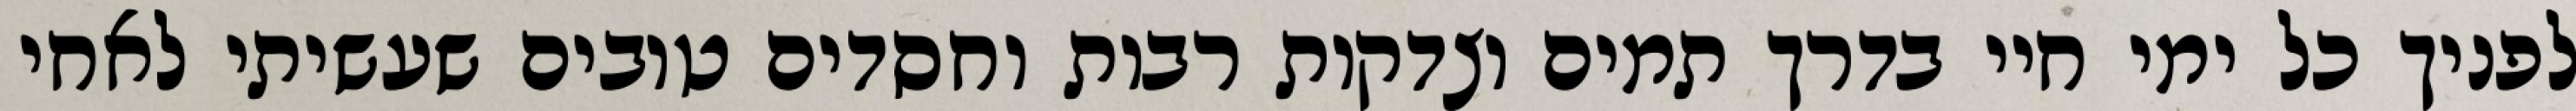
לפניך כל ימי חיי בדרך תמים וצדקות רבות וחסדים טובים שעשיתי לאחי